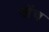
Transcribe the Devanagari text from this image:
खेंच